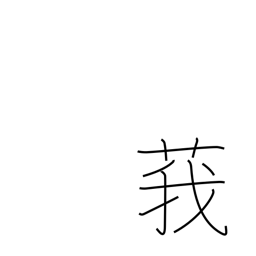
Meaning: type of thistle